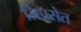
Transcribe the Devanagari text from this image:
लिपसेत